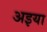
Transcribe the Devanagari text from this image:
अइया